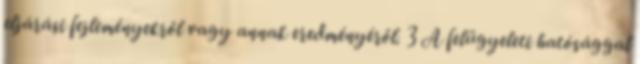
eljárási fejleményekről vagy annak eredményéről. 3 A felügyeleti hatósággal